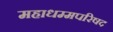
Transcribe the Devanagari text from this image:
महाधम्मपरिषद